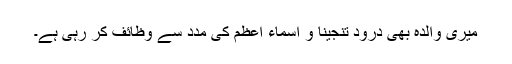
میری والدہ بھی درود تنجینا و اسماء اعظم کی مدد سے وظائف کر رہی ہے۔